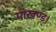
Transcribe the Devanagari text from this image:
पाखण्ड।